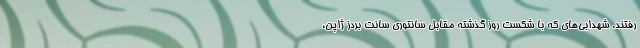
رفتند. شهدابی‌های که با شکست روز گذشته مقابل سانتوری سانت بردز ژاپن،